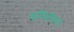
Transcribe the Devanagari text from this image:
कमिटीकडे